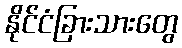
နိုင်ငံခြားသားတွေ